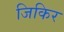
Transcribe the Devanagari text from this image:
जिकिर